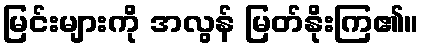
မြင်းများကို အလွန် မြတ်နိုးကြ၏။